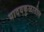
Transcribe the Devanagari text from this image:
यादवकुळातील